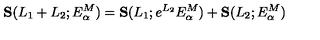
{ \bf S } ( L _ { 1 } + L _ { 2 } ; E _ { \alpha } ^ { M } ) = { \bf S } ( L _ { 1 } ; e ^ { L _ { 2 } } E _ { \alpha } ^ { M } ) + { \bf S } ( L _ { 2 } ; E _ { \alpha } ^ { M } )